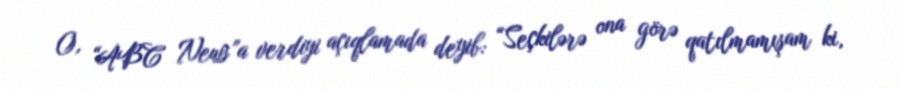
O, “ABC News”a verdiyi açıqlamada deyib: “Seçkilərə ona görə qatılmamışam ki,